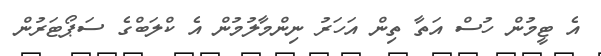
އެ ޓީމުން ހުސް އަތާ ތިން އަހަރު ނިންމާލުމުން އެ ކްލަބްގެ ސަޕޯޓަރުން